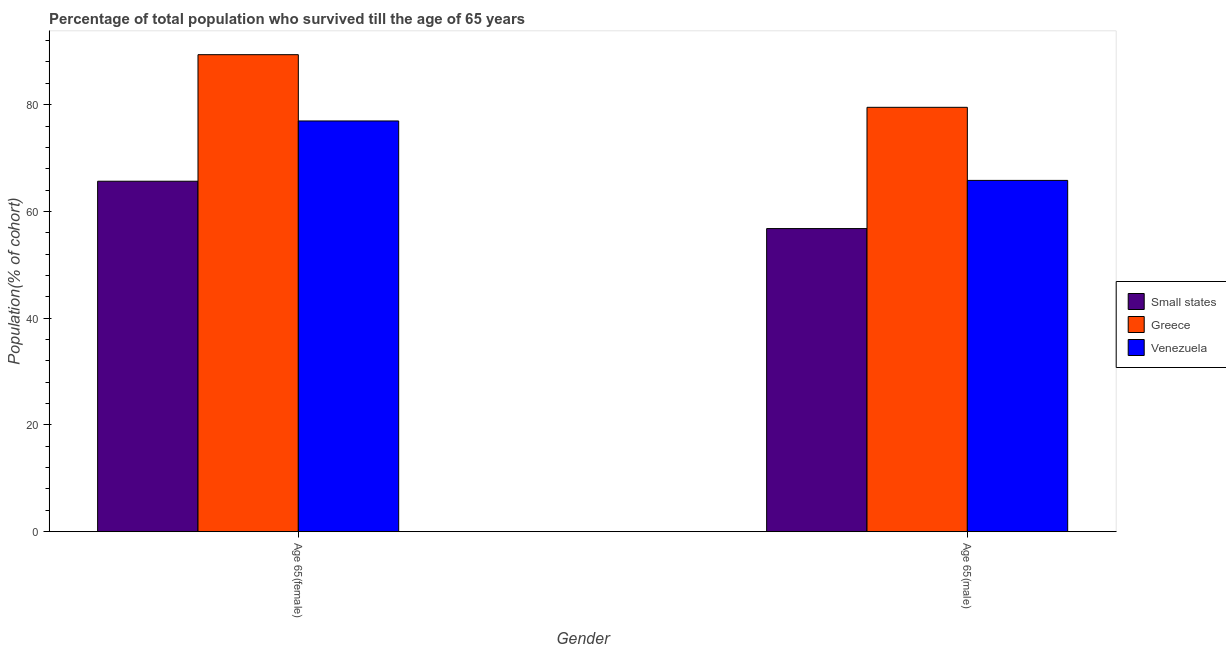
| Gender | Small states | Greece | Venezuela |
 | --- | --- | --- | --- |
 | Age 65(female) | 65.7 | 89.4 | 76.9 |
 | Age 65(male) | 56.8 | 79.5 | 65.8 |